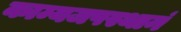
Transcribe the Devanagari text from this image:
काम्यजपस्थानं